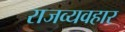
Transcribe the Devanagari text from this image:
राजव्यवहार